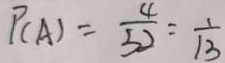
P ( A ) = \frac { 4 } { 5 2 } = \frac { 1 } { 1 3 }